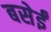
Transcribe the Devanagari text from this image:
बसेईं